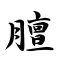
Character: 膻